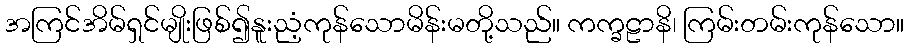
အကြင်အိမ်ရှင်မျိုးဖြစ်၍နူးညံ့ကုန်သောမိန်းမတို့သည်။ ကက္ခဠာနိ၊ ကြမ်းတမ်းကုန်သော။